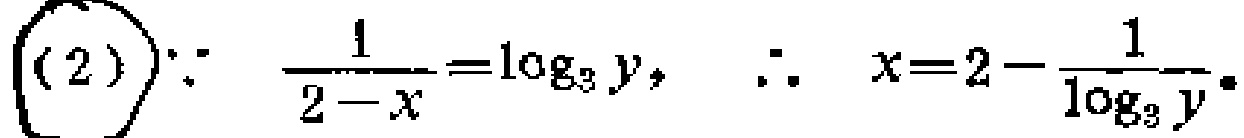
(2) $\because \frac{1}{2 - x} = \log_{3}y, \therefore x = 2 - \frac{1}{\log_{3}y}.$